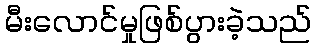
မီးလောင်မှုဖြစ်ပွားခဲ့သည်